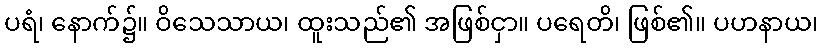
ပရံ၊ နောက်၌။ ဝိသေသာယ၊ ထူးသည်၏ အဖြစ်ငှာ။ ပရေတိ၊ ဖြစ်၏။ ပဟနာယ၊